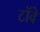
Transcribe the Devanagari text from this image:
टॉबे